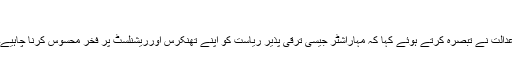
’
عدالت نے تبصرہ کرتے ہوئے کہا کہ مہاراشٹر جیسی ترقی پذیر ریاست کو اپنے تھنکرس اورریشنلسٹ پر فخر محسوس کرنا چاہیے۔